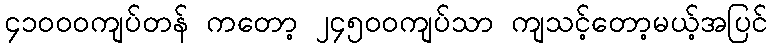
၄၁၀၀၀ကျပ်တန် ကတော့ ၂၄၅၀၀ကျပ်သာ ကျသင့်တော့မယ့်အပြင်